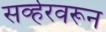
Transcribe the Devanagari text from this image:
सर्व्हरवरून